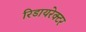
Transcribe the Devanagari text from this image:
रिडायरेक्टर